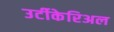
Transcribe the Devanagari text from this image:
उर्टीकेरिअल